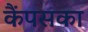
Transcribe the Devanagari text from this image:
कैंपसका